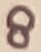
Text: 8